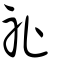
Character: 祉